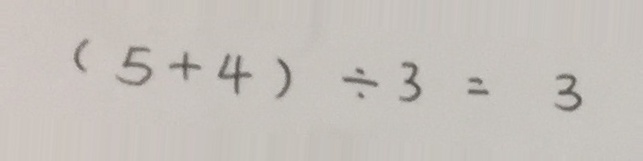
( 5 + 4 ) \div 3 = 3